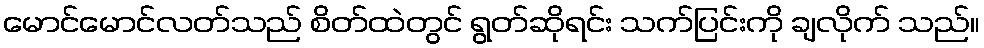
မောင်မောင်လတ်သည် စိတ်ထဲတွင် ရွတ်ဆိုရင်း သက်ပြင်းကို ချလိုက် သည်။